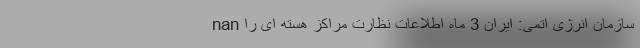
nan سازمان انرژی اتمی: ایران 3 ماه اطلاعات نظارت مراکز هسته ای را